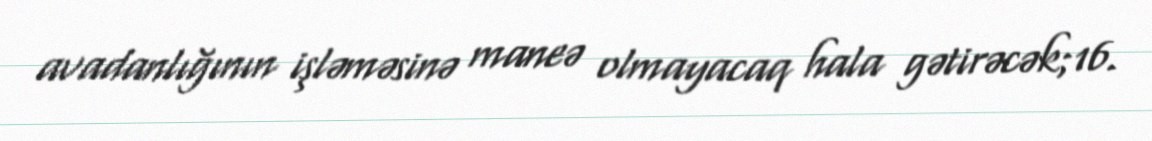
avadanlığının işləməsinə maneə olmayacaq hala gətirəcək;16.